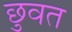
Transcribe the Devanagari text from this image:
छुवत